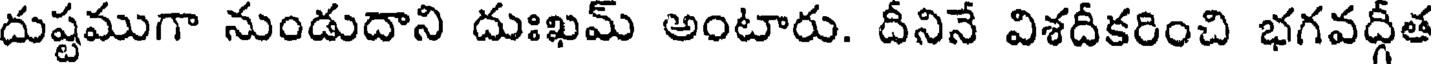
దుష్టముగా నుండుదాని దుఃఖమ్ అంటారు. దీనినే విశదీకరించి భగవద్గీత